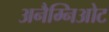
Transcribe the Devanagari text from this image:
अनैम्निओट